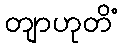
တျာဟုတိံ